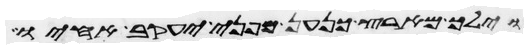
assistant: וילך מארץ כנען מפני יעקב אחיו